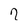
Character: 7